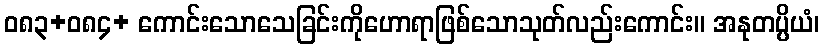
ဝ၈၃+၀၈၄+ ကောင်းသောသေခြင်းကိုဟောရာဖြစ်သောသုတ်လည်းကောင်း။ အနုတပ္ပိယံ၊